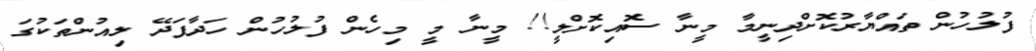
ފުލުހުން ތައްޔާރުކޮށްދިނީމާ މީނާ ސޮއިކޮށްލީ!! މީނާ މީ މިހެން ފުލުހުން ހަދާފަދޭ ލިއުންތަކުގަ